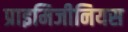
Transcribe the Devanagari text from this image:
प्राइमिजीनियस